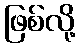
ဖြစ်လို့